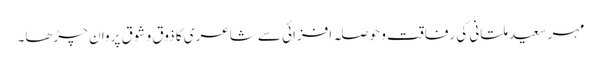
مہر سعید ملتانی کی رفاقت و حوصلہ افزائی سے شاعری کا ذوق و شوق پروان چڑھا۔